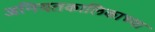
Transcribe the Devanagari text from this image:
अनियतकालिकाच्या